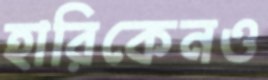
হারিকেনও